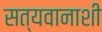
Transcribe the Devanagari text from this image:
सत्यवानाशी